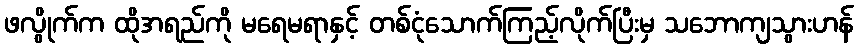
ဖလွိုက်က ထိုအရည်ကို မရေမရာနှင့် တစ်ငုံသောက်ကြည့်လိုက်ပြီးမှ သဘောကျသွားဟန်